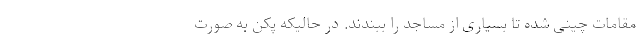
مقامات چینی شده تا بسیاری از مساجد را ببندند. در حالیکه پکن به صورت